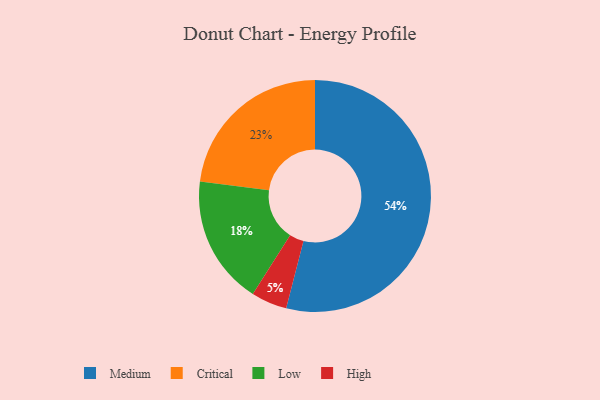
{"axis": {"x": "Category", "y": "Percentage"}, "legend": ["Critical", "High", "Low", "Medium"], "data": [{"x": "Medium", "y": 54, "type": "Medium"}, {"x": "Low", "y": 18, "type": "Low"}, {"x": "High", "y": 5, "type": "High"}, {"x": "Critical", "y": 23, "type": "Critical"}]}